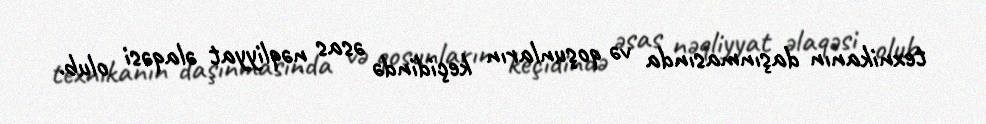
texnikanın daşınmasında və qoşunların keçidində əsas nəqliyyat əlaqəsi olub.